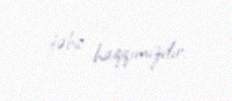
təbii haqqımızdır.